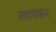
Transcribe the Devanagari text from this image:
लारका